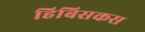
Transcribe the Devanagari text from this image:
हिबिसकस